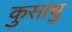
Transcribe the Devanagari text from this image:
कुसाधु